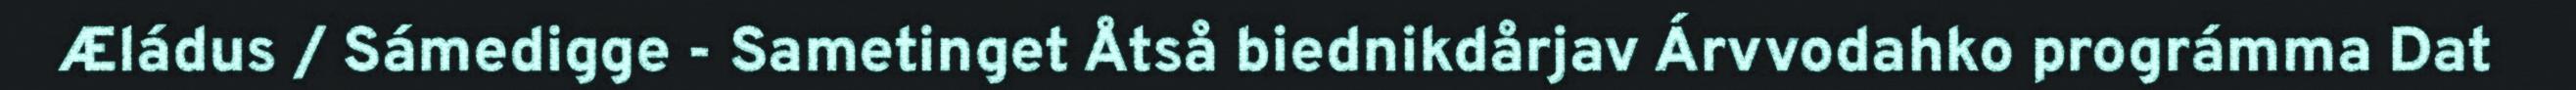
Æládus / Sámedigge - Sametinget Åtså biednikdårjav Árvvodahko prográmma Dat